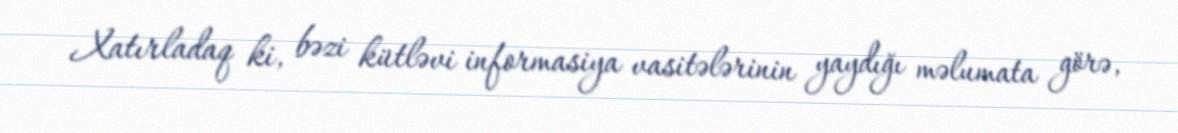
Xatırladaq ki, bəzi kütləvi informasiya vasitələrinin yaydığı məlumata görə,